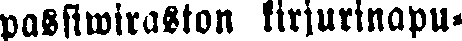
passiwiraston kirjurinapu-